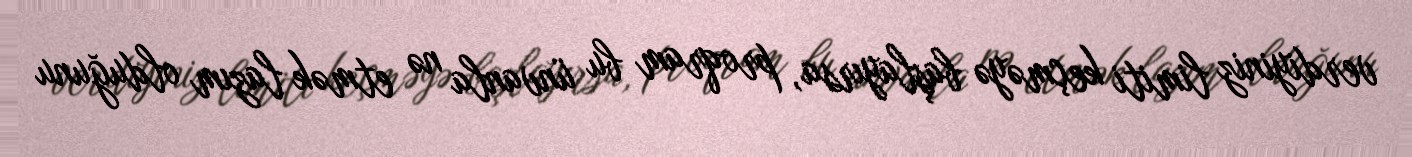
verdiyiniz limiti keçməyə başlayırsa, proqram bu ünvanla nə etmək lazım olduğunu